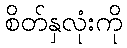
စိတ်နှလုံးကို